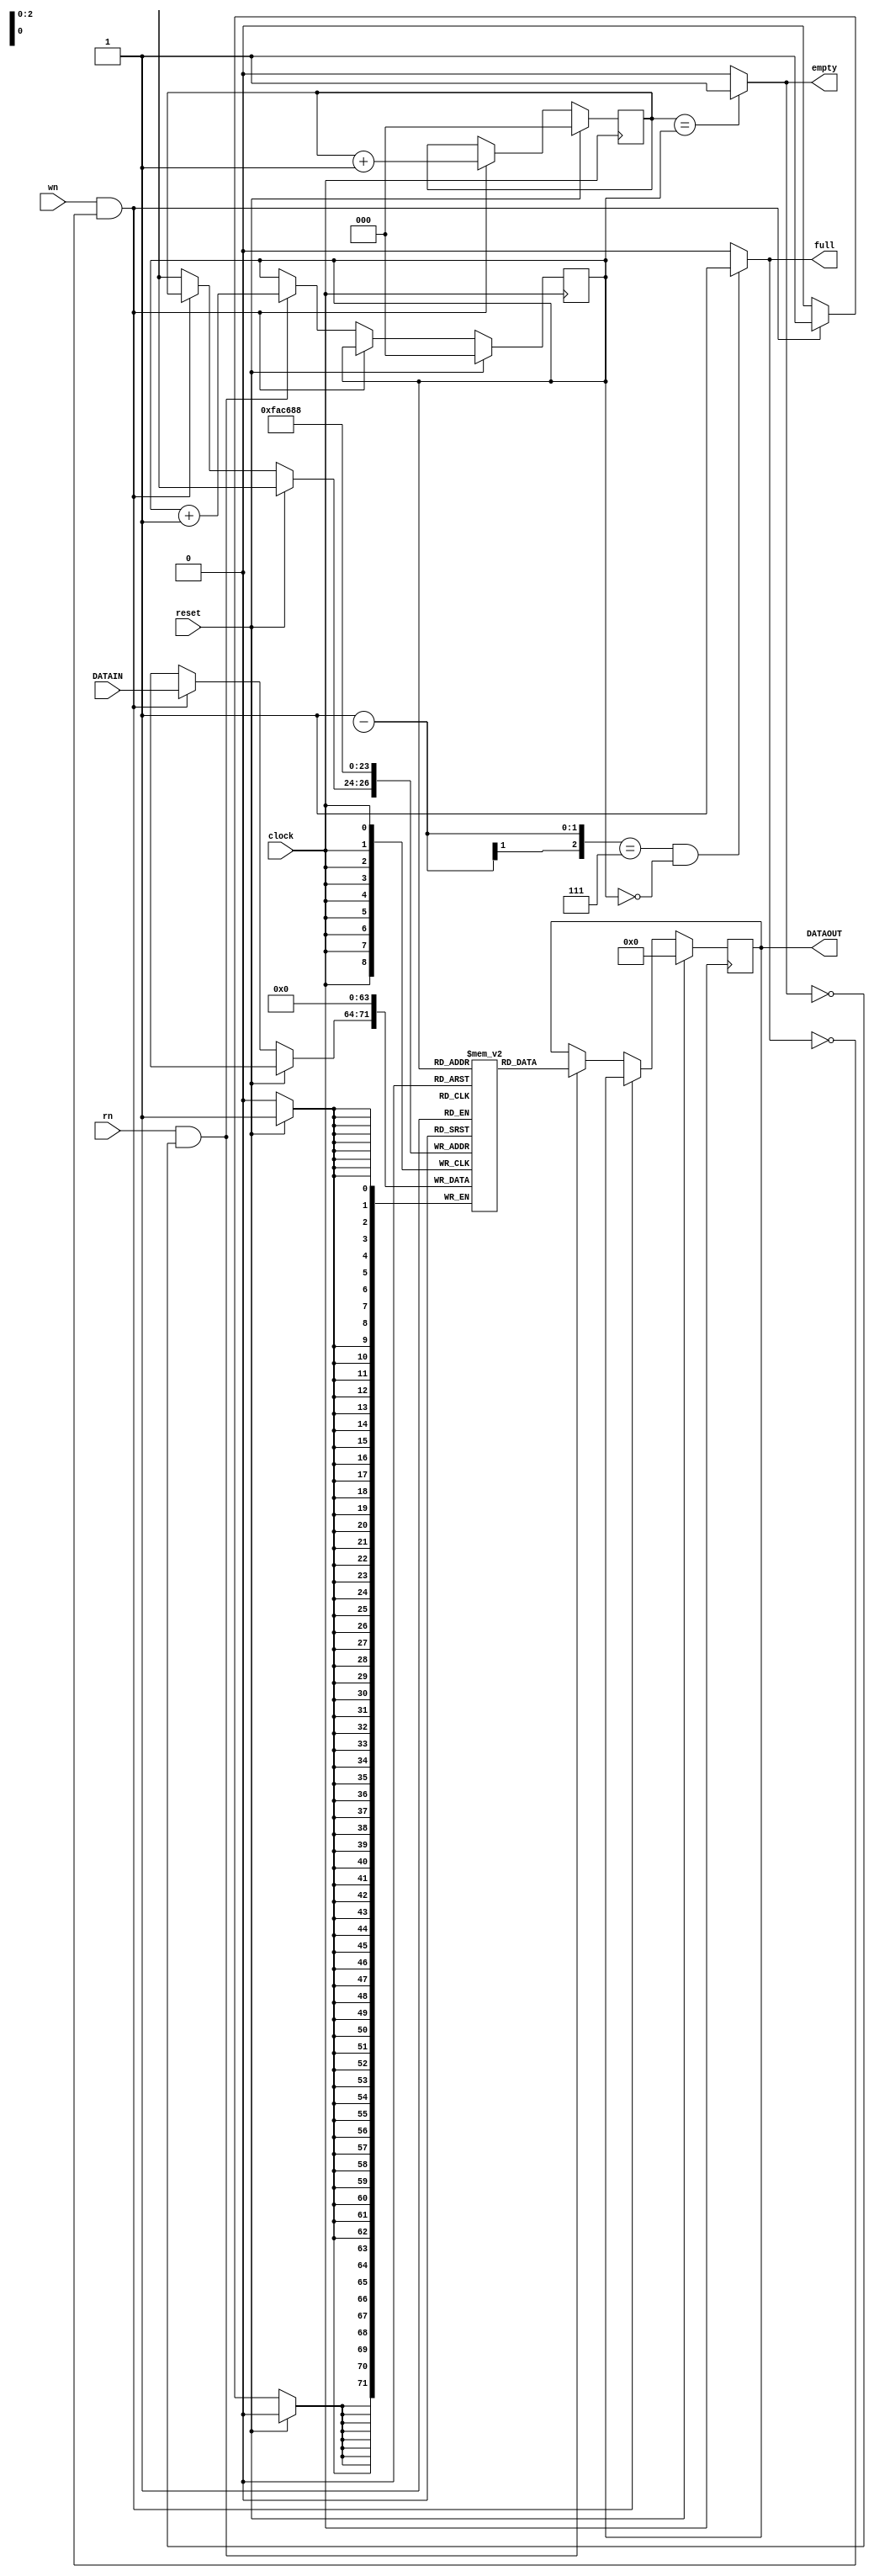
module jFIFO(DATAOUT, full, empty, clock, reset, wn, rn, DATAIN);
  output reg [7:0] DATAOUT;
  output full, empty;
  input [7:0] DATAIN;
  input clock, reset, wn, rn; // Need to understand what is wn and rn are for
  
  reg [2:0] wptr, rptr; // pointers tracking the stack
  reg [7:0] memory [7:0]; // the stack is 8 bit wide and 8 locations in size
  
  assign full = ( (w-ptr == 3'b111) & (rptr == 3'b000) ? 1 : 0 );
  assign empty = (wptr == rptr) ? 1 : 0;
  
  always @(posedge clock)
  begin
    if (reset)
      begin
        memory[0] <= 0; memory[1] <= 0; memory[2] <= 0; memory[3] <= 0;
        memory[4] <= 0; memory[5] <= 0; memory[6] <= 0; memory[7] <= 0;
        DATAOUT <= 0; wptr <= 0; rptr <= 0;
      end
    else if (wn & !full)
      begin
        memory[wptr] <= DATAIN;
        wptr <= wptr + 1;
      end
    else if (rn & !empty)
      begin
        DATAOUT <= memory[rptr];
        rptr <= rptr + 1;
      end
  end
endmodule